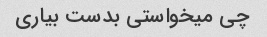
چی میخواستی بدست بیاری